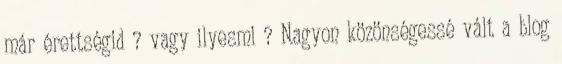
már érettségid ? vagy ilyesmi ? Nagyon közönségessé vált a blog